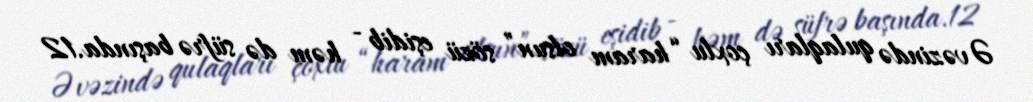
Əvəzində qulaqları çoxlu “haram olsun” sözü eşidib - həm də süfrə başında.12